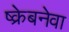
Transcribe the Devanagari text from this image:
ष्क्रेबनेवा